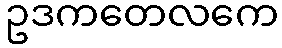
ဥဒကတေလကေ